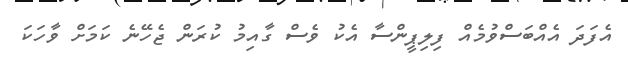
އެފަދަ އެއްބަސްވުމެއް ފިލިޕީންސާ އެކު ވެސް ގާއިމު ކުރަން ޖެހޭނެ ކަމަށް ވާހަކަ